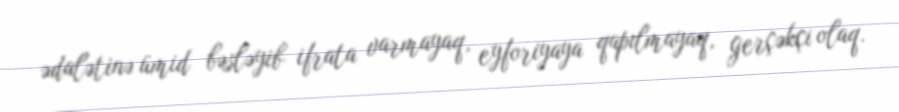
ədalətinə ümid bəsləyib ifrata varmayaq, eyforiyaya qapılmayaq, gerçəkçi olaq.